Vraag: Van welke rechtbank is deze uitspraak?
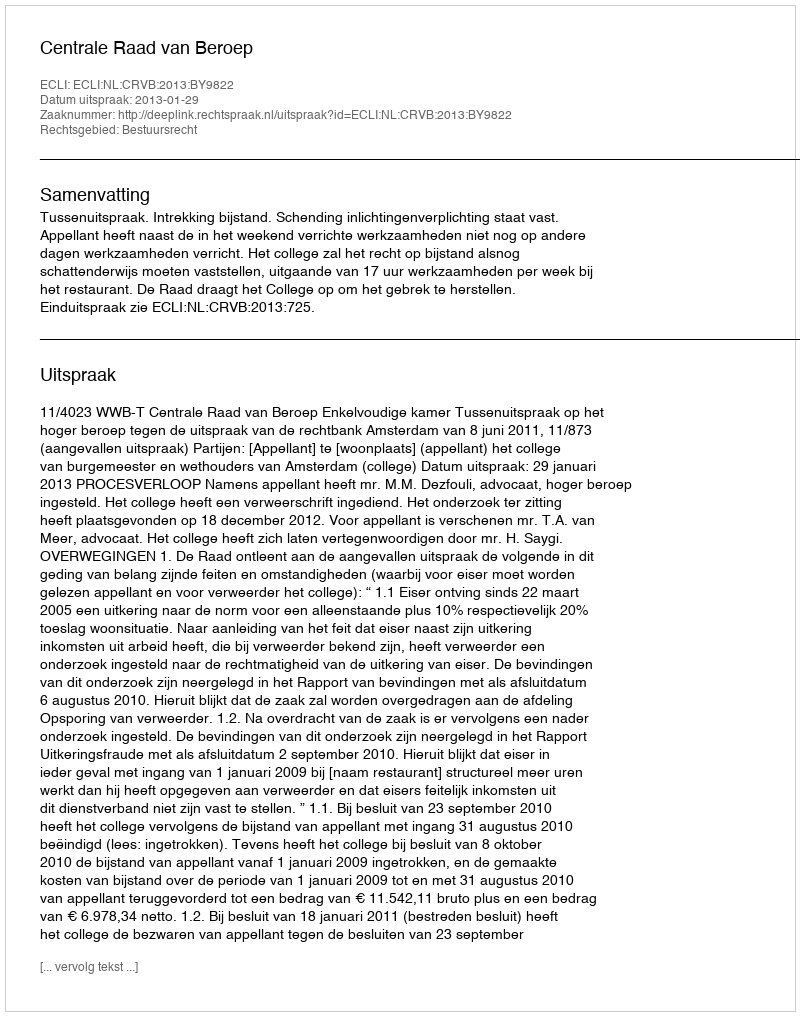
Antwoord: Centrale Raad van Beroep